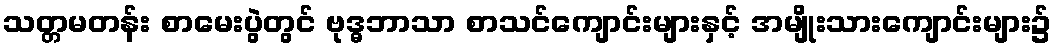
သတ္တမတန်း စာမေးပွဲတွင် ဗုဒ္ဓဘာသာ စာသင်ကျောင်းများနှင့် အမျိုးသားကျောင်းများ၌